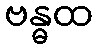
ဗန္ဓထ